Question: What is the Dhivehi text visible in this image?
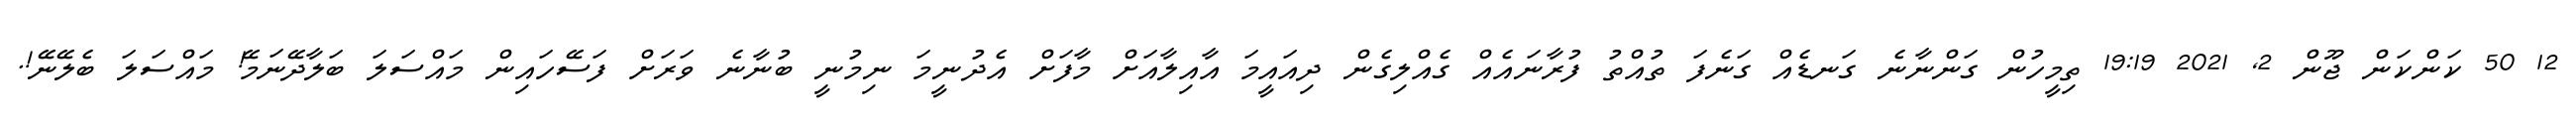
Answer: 12 50 ކަންކަން ޖޫން 2, 2021 19:19 ތިމީހުން ގަންނާނެ ގަނޑެއް ގަނެފަ ތުއްތު ފުރާނައެއް ގެއްލިގެން ދިއައީމަ އާއިލާއަށް މާފަށް އެދުނީމަ ނިމުނީ ބުނާނެ ވަރަށް ފަސޭހައިން މައްސަލަ ބަލާދޭނަމޭ! މައްސަލަ ބެލޭނޭ!.